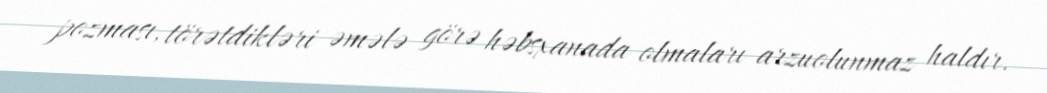
pozması, törətdikləri əmələ görə həbsxanada olmaları arzuolunmaz haldır.